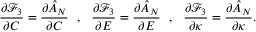
\frac { \partial \mathcal { F } _ { 3 } } { \partial C } = \frac { \partial \hat { A } _ { N } } { \partial C } ~ ~ , ~ ~ \frac { \partial \mathcal { F } _ { 3 } } { \partial E } = \frac { \partial \hat { A } _ { N } } { \partial E } ~ ~ , ~ ~ \frac { \partial \mathcal { F } _ { 3 } } { \partial \kappa } = \frac { \partial \hat { A } _ { N } } { \partial \kappa } .